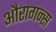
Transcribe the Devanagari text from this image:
औरागन्स